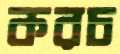
করচ